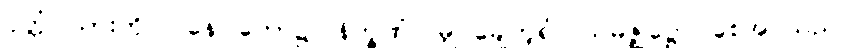
ပုတ္တံ၊ သားကို။ ဝနေ၊ တော၌။ နိက္ခဏံ၊ မြှုပ်ချေဟူ၍။ သမဇ္ဈိဋ္ဌော၊ စေအပ်သည်။